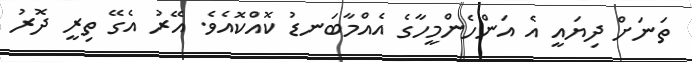
ތަނަށް ދިޔައީ އެ އަންހެންމީހާގެ އެއްމާބަނޑު ކޮއްކޮއެވެ. އޭރު އެގޭ ތިރީ ދޮރު